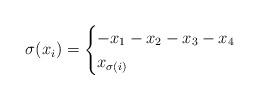
LaTeX: \begin{align*}\sigma(x_{i}) = \begin{cases}-x_{1}-x_{2}-x_{3}-x_{4} & \\x_{\sigma(i)} & \end{cases}\end{align*}